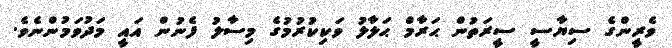
ވެރީންގެ ސިޔާސީ ސީރަތުން ޙަރާމް ޙަލާލު ވަކިކުރުމުގެ މިސާލު ފެނުން އައީ މަދުވަމުންނެވެ.